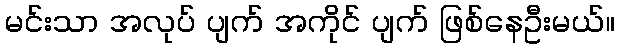
မင်းသာ အလုပ် ပျက် အကိုင် ပျက် ဖြစ်နေဦးမယ်။